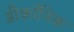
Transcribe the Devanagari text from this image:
डीकॉंनिक